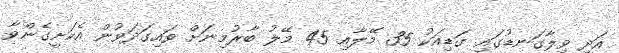
އަދި ވިލާގަނޑުގައި ގަޑިއަކު 35 މޭލާއި 45 މޭލު ބާރުމިނަށް ވައިގަދަވުން އެކަށީގެންވާ